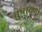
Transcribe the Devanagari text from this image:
क़ुतुबन